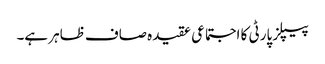
پیپلز پارٹی کا اجتماعی عقیدہ صاف ظاہر ہے۔